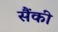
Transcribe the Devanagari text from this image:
सैंकी